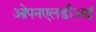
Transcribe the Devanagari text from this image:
ओपनएलडीआई